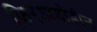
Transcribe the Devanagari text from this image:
फिरआयोडीन